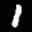
Label: 1